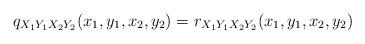
LaTeX: \begin{align*} & q_{X_1Y_1X_2Y_2}(x_1,y_1,x_2,y_2) = r_{X_1Y_1X_2Y_2}(x_1,y_1,x_2,y_2)\end{align*}